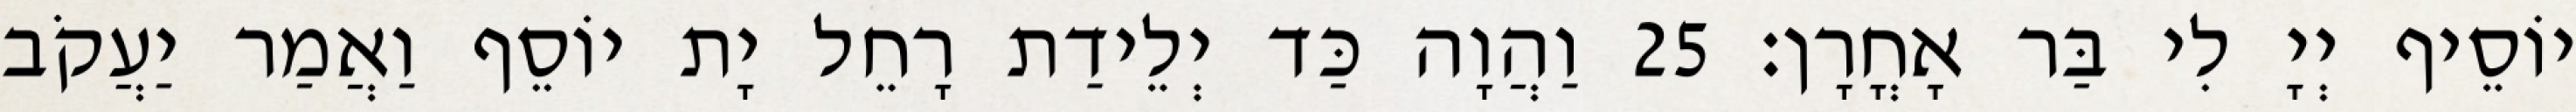
יוֹסֵיף יְיָ לִי בַּר אָחֳרָן׃ 25 וַהֲוָה כַּד יְלֵידַת רָחֵל יָת יוֹסֵף וַאֲמַר יַעֲקֹב